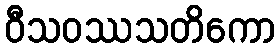
ဝီသဝဿသတိကော